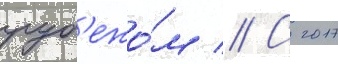
руб'ежо́м // С 2017